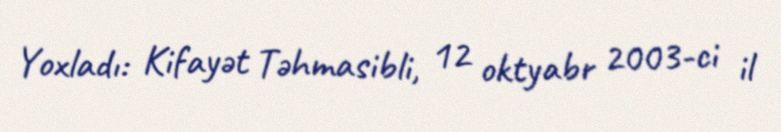
Yoxladı: Kifayət Təhmasibli, 12 oktyabr 2003-ci il